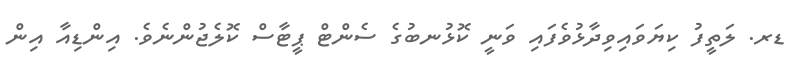
ޑރ. ލަތީފު ކިޔަވައިވިދާޅުވެފައި ވަނީ ކޮޅުނބުގެ ސެންޓް ޕީޓާސް ކޮލެޖުންނެވެ. އިންޑިއާ އިން